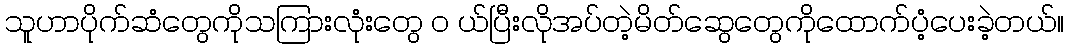
သူဟာပိုက်ဆံတွေကိုသကြားလုံးတွေ ၀ ယ်ပြီးလိုအပ်တဲ့မိတ်ဆွေတွေကိုထောက်ပံ့ပေးခဲ့တယ်။